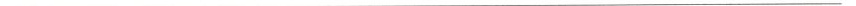
___